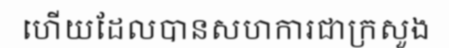
ហើយដែលបានសហការជាក្រសួង